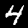
Digit: 4